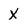
Character: X